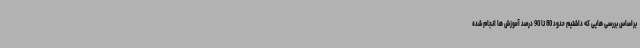
براساس بررسی هایی که داشتیم حدود 80 تا 90 درصد آموزش ها انجام شده